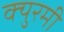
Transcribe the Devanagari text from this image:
क्युरमी